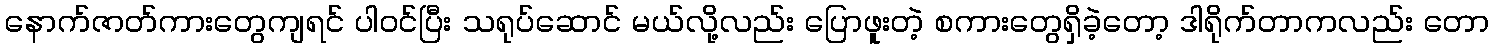
နောက်ဇာတ်ကားတွေကျရင် ပါဝင်ပြီး သရုပ်ဆောင် မယ်လို့လည်း ပြောဖူးတဲ့ စကားတွေရှိခဲ့တော့ ဒါရိုက်တာကလည်း တော